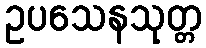
ဥပသေနသုတ္တ